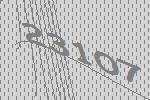
23107